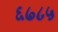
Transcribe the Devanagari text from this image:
६७८५